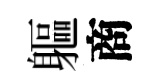
軀商